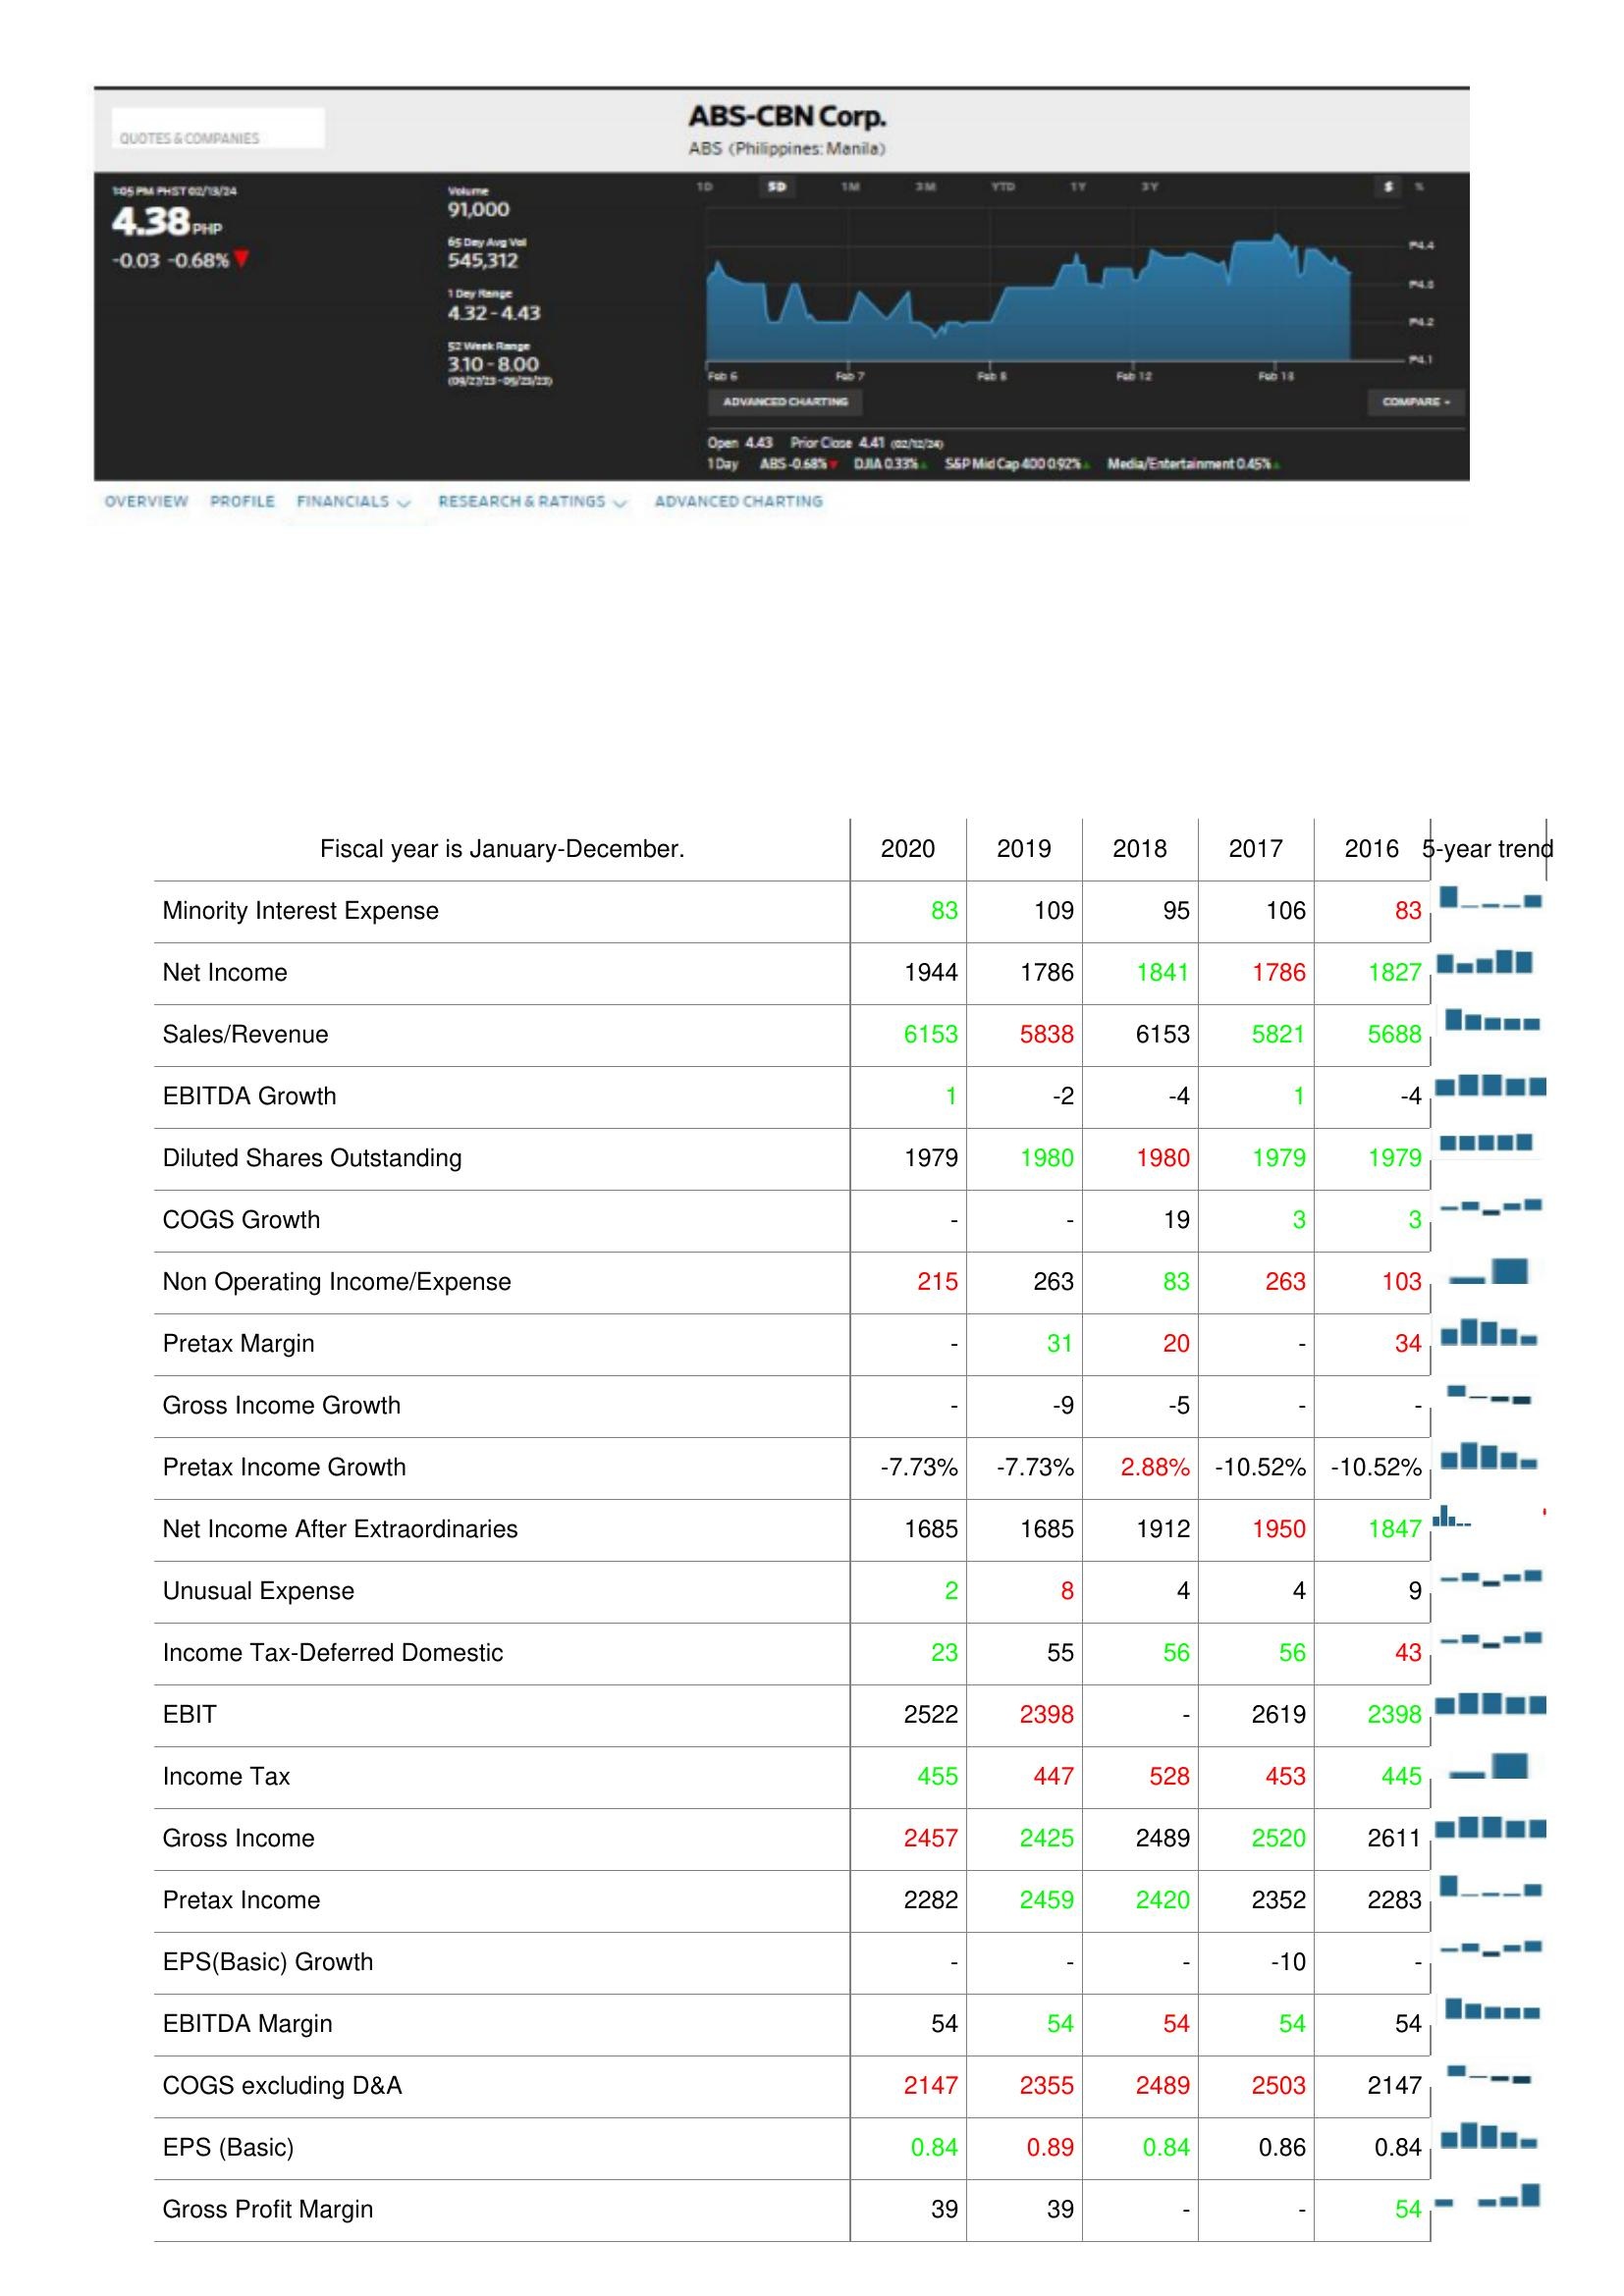
2020: : Minority Interest Expense: 83
Net Income: 1944
Sales/Revenue: 6153
EBITDA Growth: 1
Diluted Shares Outstanding: 1979
COGS Growth: -
Non Operating Income/Expense: 215
Pretax Margin: -
Gross Income Growth: -
Pretax Income Growth: -7.73%
Net Income After Extraordinaries: 1685
Unusual Expense: 2
Income Tax-Deferred Domestic: 23
EBIT: 2522
Income Tax: 455
Gross Income: 2457
Pretax Income: 2282
EPS(Basic) Growth: -
EBITDA Margin: 54
COGS excluding D&A: 2147
EPS (Basic): 0.84
Gross Profit Margin: 39
2019: : Minority Interest Expense: 109
Net Income: 1786
Sales/Revenue: 5838
EBITDA Growth: -2
Diluted Shares Outstanding: 1980
COGS Growth: -
Non Operating Income/Expense: 263
Pretax Margin: 31
Gross Income Growth: -9
Pretax Income Growth: -7.73%
Net Income After Extraordinaries: 1685
Unusual Expense: 8
Income Tax-Deferred Domestic: 55
EBIT: 2398
Income Tax: 447
Gross Income: 2425
Pretax Income: 2459
EPS(Basic) Growth: -
EBITDA Margin: 54
COGS excluding D&A: 2355
EPS (Basic): 0.89
Gross Profit Margin: 39
2018: : Minority Interest Expense: 95
Net Income: 1841
Sales/Revenue: 6153
EBITDA Growth: -4
Diluted Shares Outstanding: 1980
COGS Growth: 19
Non Operating Income/Expense: 83
Pretax Margin: 20
Gross Income Growth: -5
Pretax Income Growth: 2.88%
Net Income After Extraordinaries: 1912
Unusual Expense: 4
Income Tax-Deferred Domestic: 56
EBIT: -
Income Tax: 528
Gross Income: 2489
Pretax Income: 2420
EPS(Basic) Growth: -
EBITDA Margin: 54
COGS excluding D&A: 2489
EPS (Basic): 0.84
Gross Profit Margin: -
2017: : Minority Interest Expense: 106
Net Income: 1786
Sales/Revenue: 5821
EBITDA Growth: 1
Diluted Shares Outstanding: 1979
COGS Growth: 3
Non Operating Income/Expense: 263
Pretax Margin: -
Gross Income Growth: -
Pretax Income Growth: -10.52%
Net Income After Extraordinaries: 1950
Unusual Expense: 4
Income Tax-Deferred Domestic: 56
EBIT: 2619
Income Tax: 453
Gross Income: 2520
Pretax Income: 2352
EPS(Basic) Growth: -10
EBITDA Margin: 54
COGS excluding D&A: 2503
EPS (Basic): 0.86
Gross Profit Margin: -
2016: : Minority Interest Expense: 83
Net Income: 1827
Sales/Revenue: 5688
EBITDA Growth: -4
Diluted Shares Outstanding: 1979
COGS Growth: 3
Non Operating Income/Expense: 103
Pretax Margin: 34
Gross Income Growth: -
Pretax Income Growth: -10.52%
Net Income After Extraordinaries: 1847
Unusual Expense: 9
Income Tax-Deferred Domestic: 43
EBIT: 2398
Income Tax: 445
Gross Income: 2611
Pretax Income: 2283
EPS(Basic) Growth: -
EBITDA Margin: 54
COGS excluding D&A: 2147
EPS (Basic): 0.84
Gross Profit Margin: 54